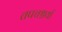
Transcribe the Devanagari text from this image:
तपचश्चर्या